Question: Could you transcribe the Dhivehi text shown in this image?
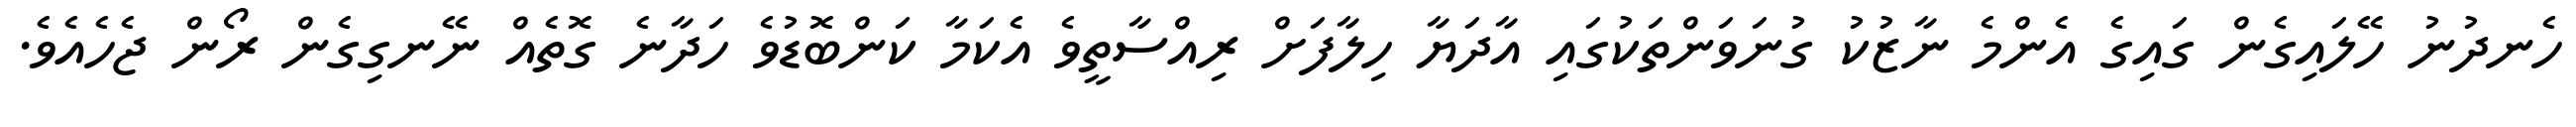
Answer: ހެނދުނު ހޭލައިގެން ގައިގެ އެންމެ ނާޒުކު ގުނަވަންތަކުގައި އާދަޔާ ހިލާފަށް ރިއްސާތީވެ އެކަމާ ކަންބޮޑުވެ ހަދާނެ ގޮތެއް ނޭނގިގެން ރޯން ޖެހެއެވެ.